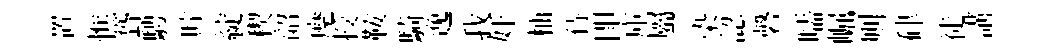
置憔聳騁貯綻稧韶麾授鞍騎逸我奸柚侍即庫屬𣑱認磬嚅崛则硉徒講